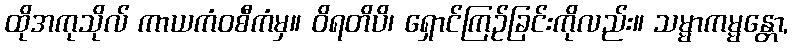
ထိုအကုသိုလ် ကာယကံဝစီကံမှ။ ဝိရတိပိ၊ ရှောင်ကြဉ်ခြင်းကိုလည်း။ သမ္မာကမ္မန္တော,